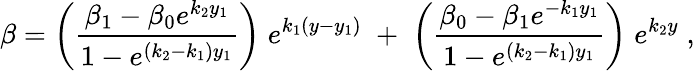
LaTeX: \beta=\left(\frac{\beta_{1}-\beta_{0}e^{k_{2}y_{1}}}{1-e^{(k_{2}-k_{1})y_{1}}}\right)\; e^{k_{1}(y-y_{1})}\; +\; \left(\frac{\beta_{0}-\beta_{1}e^{-k_{1}y_{1}}}{1-e^{(k_{2}-k_{1})y_{1}}}\right)\; e^{k_{2}y}\; ,